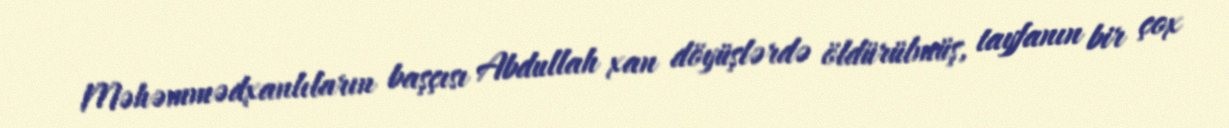
Məhəmmədxanlıların başçısı Abdullah xan döyüşlərdə öldürülmüş, tayfanın bir çox